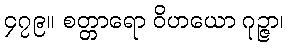
၄၇၉။ စတ္တာရော ဝိဟယော ဂုဉ္ဇာ၊